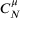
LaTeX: C _ { N } ^ { \mu }